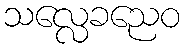
သလ္လေခညေဝ